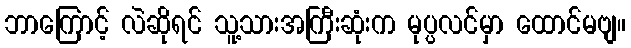
ဘာကြောင့် လဲဆိုရင် သူ့သားအကြီးဆုံးက မုပ္ပလင်မှာ ထောင်မဗျ။